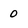
Character: 0